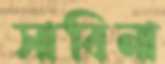
সাবিনা